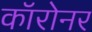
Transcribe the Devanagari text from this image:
कॉरोनर